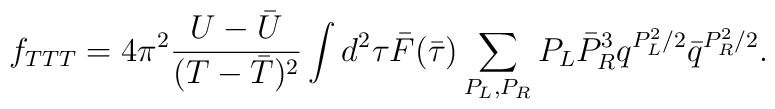
f_{TTT}=4 \pi^2 \frac{U-{\bar U}}{(T -{\bar T})^2}\int d^2 \tau{\bar F}({\bar \tau})\sum_{P_L,P_R} P_L {\bar P}_R^3 q^{P_L^2 /2} {\bar q}^{P^2_R /2}.